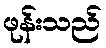
ဖုန်းသည်